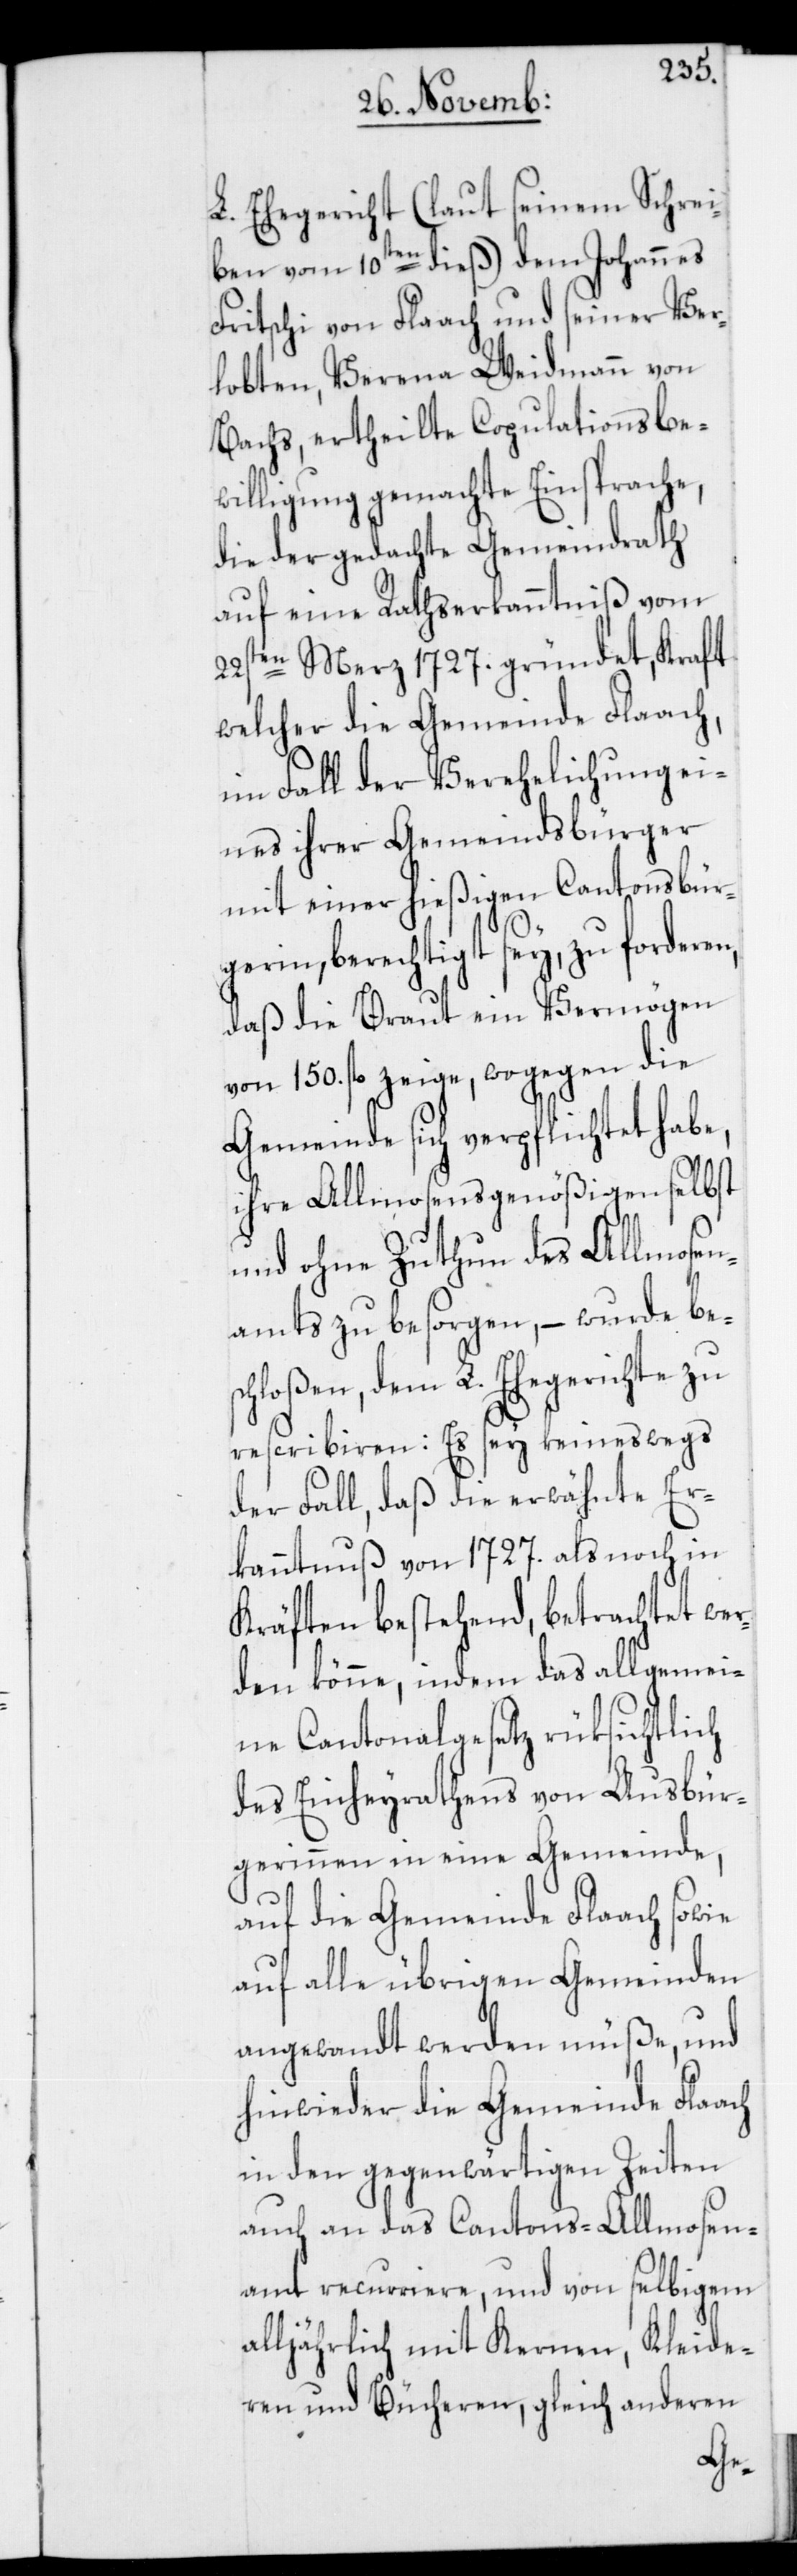
L. Ehegericht (laut seinem Schrei¬
ben vom 10ten dieß) dem Johannes
Fritschi von Flaach und seiner Ver¬
lobten, Verena Weidmann von
Bachs, ertheilte Copulationsbe¬
willigung gemachte Einsprache,
die der gedachte Gemeindrath
auf eine Rathserkanntniß vom
22sten Merz 1727. gründet, Kraft
welcher die Gemeinde Flaach,
im Fall der Verehelichung ei¬
nes ihrer Gemeindsbürger
berechtigt sey, zu forde¬
daß die Braut ein Vermögen
von 150. fl. zeige, wogegen die
Gemeinde sich verpflichtet habe,
ihre Allmosengenößigen selbst
und ohne Zuthun des Allmosen¬
amts zu besorgen, – wurde bes¬
chloßen, dem L. Ehegerichte zu
rescribieren: Es sey keineswegs
der Fall, daß die erwähnte Er¬
kanntnuß von 1727. als noch in
Kräften bestehend, betrachtet we¬
rden könne, indem das allgemei¬
ne Cantonalgesetz rüksichtlich
des Einheurathens von Ausbür¬
gerinnen in eine Gemeinde,
auf die Gemeinde Flaach sowie
auf alle übrigen Gemeinden
angewandt werden müße, und
hinwieder die Gemeinde Flaach
in den gegenwärtigen Zeiten
auch an das Cantons-Allmosen¬
amt recurriere, und von selbigem
alljährlich mit Kernen, Kleide¬
ren und Bücheren, gleich anderen
ren,